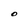
Character: O